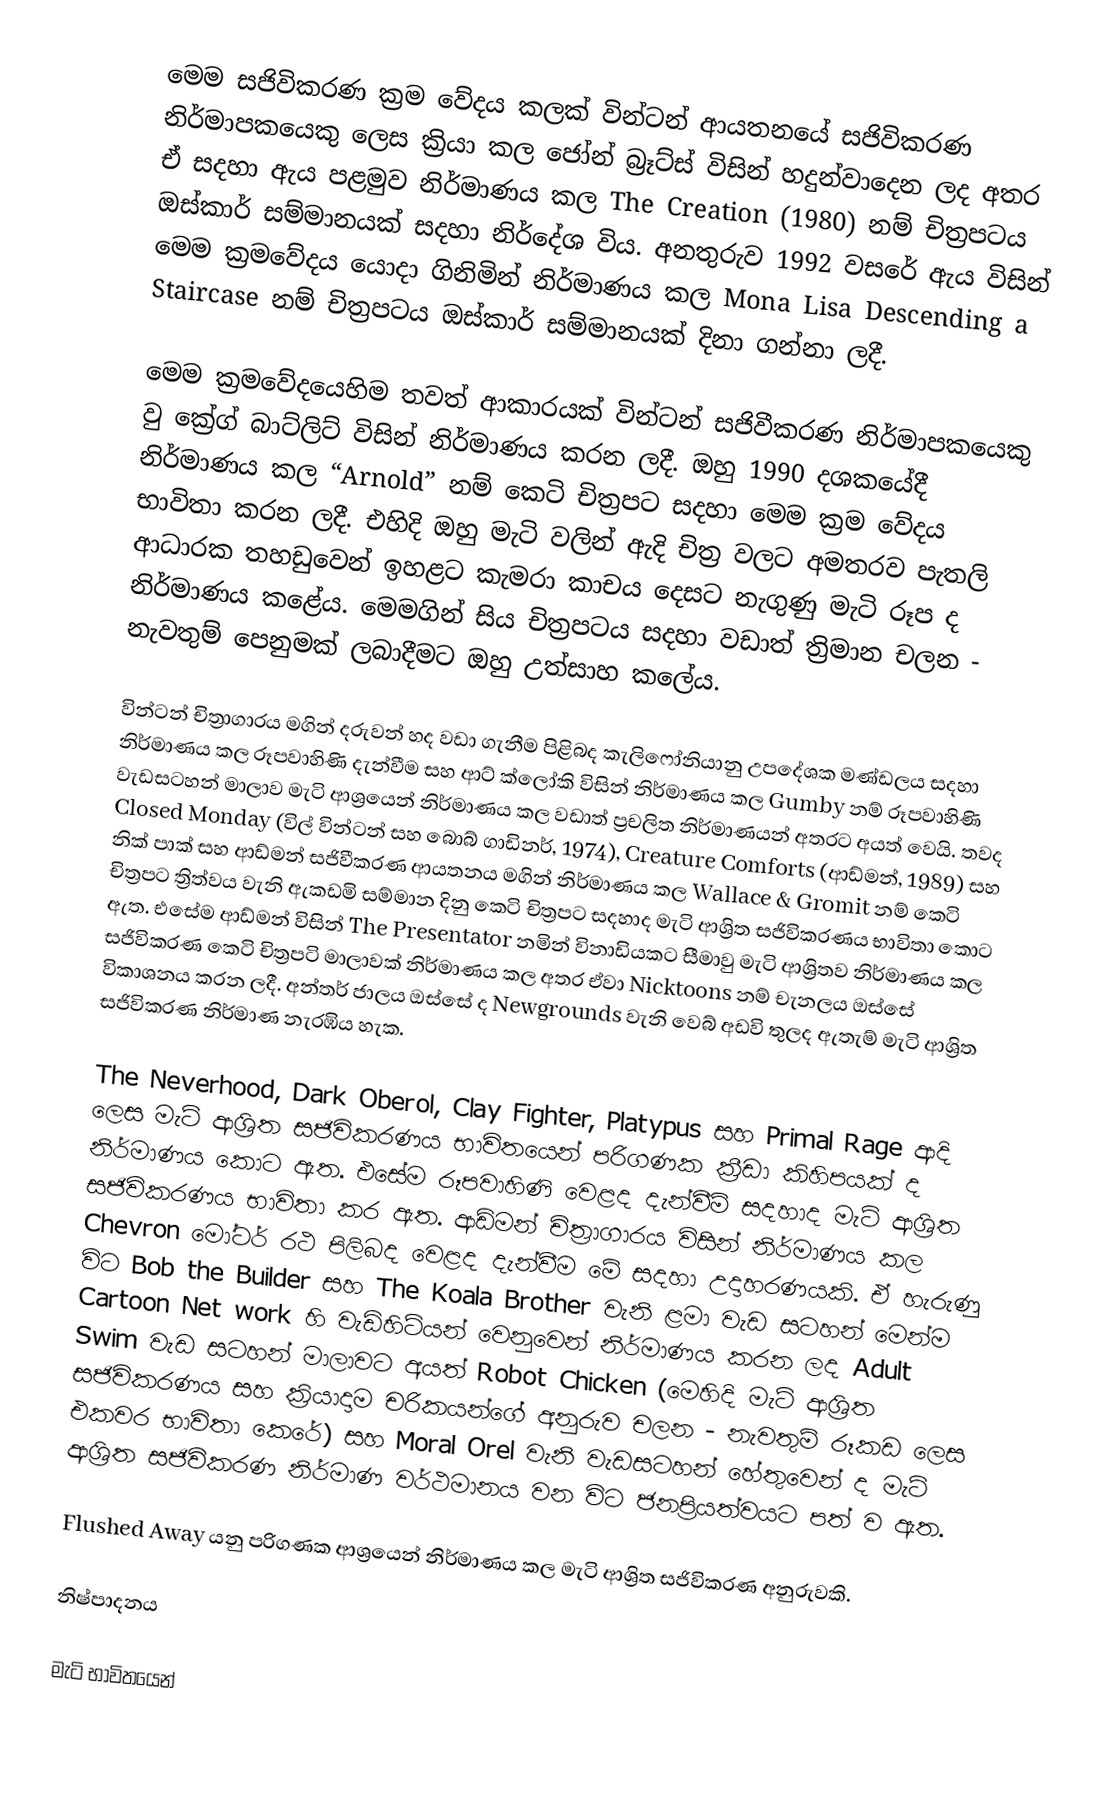
මෙම සජිවිකරණ ක්‍රම වේදය කලක් වින්ටන් ආයතනයේ සජිවිකරණ නිර්මාපකයෙකු ලෙස ක්‍රියා කල ජෝන් බ්‍රෑට්ස් විසින් හදුන්වා‍දෙන ලද අතර ඒ සදහා ඇය පළමුව නිර්මාණය කල The Creation (1980) නම් චිත්‍රපටය ඔස්කාර් සම්මානයක් සදහා නිර්දේශ විය. අනතුරුව 1992 වසරේ ඇය විසින් මෙම ක්‍රමවේදය යොදා ගිනිමින් නිර්මාණය කල Mona Lisa Descending a Staircase නම් චිත්‍රපටය ඔස්කාර් සම්මානයක් දිනා ගන්නා ලදී.

මෙම ක්‍රමවේදයෙහිම තවත් ආකාරයක් වින්ටන් සජිවීකරණ නිර්මාපකයෙකු වු ක්‍රේග් බාට්ලිට් විසින් නිර්මාණය කරන ලදී. ඔහු 1990 දශකයේදී නිර්මාණය කල “Arnold” නම් කෙටි චිත්‍රපට සදහා මෙම ක්‍රම වේදය භාවිතා කරන ලදී. එහිදි ඔහු මැටි වලින් ඇදි චිත්‍ර වලට අමතරව පැතලි ආධාරක තහඩුවෙන් ඉහළට කැමරා කාචය දෙසට නැගුණු මැටි රූප ද නිර්මාණය කළේය. මෙමගින් සිය චිත්‍රපටය සදහා වඩාත් ත්‍රිමාන චලන - නැවතුම් පෙනුමක් ලබාදීමට ඔහු උත්සාහ කලේය.

වින්ටන් චිත්‍රාගාරය මගින් දරුවන් හද‍ වඩා ගැනීම පිළිබද කැලිෆෝනියානු උපදේශක මණ්ඩලය සදහා නිර්මාණය කල රූපවාහිණි දැන්වීම සහ ආට් ක්ලෝකි විසින් නිර්මාණය කල Gumby නම් රූපවාහිණි වැඩසටහන් මාලාව මැටි ආශ්‍රයෙන් නිර්මාණය කල වඩාත් ප්‍රචලිත නිර්මාණයන් අතරට අයත් වෙයි. තවද Closed Monday (විල් වින්ටන් සහ බොබ් ගාඩිනර්, 1974), Creature Comforts (ආඩ්මන්, 1989) සහ නික් පාක් සහ ආඩ්මන් සජිවීකරණ ආයතනය මගින් නිර්මාණය කල Wallace & Gromit නම් කෙටි චිත්‍රපට ත්‍රිත්වය වැනි ඇකඩමි සම්මාන දිනු කෙටි චිත්‍රපට සදහාද මැටි ආශ්‍රිත සජිවිකරණය භාවිතා කොට ඇත. එ‍සේම ආඩ්මන් විසින් The Presentator නමින් විනාඩියකට සීමා‍වු මැටි ආශ්‍රිතව නිර්මාණය කල සජිවිකරණ කෙටි චිත්‍රපටි මාලාවක් නිර්මාණය කල අතර ඒවා Nicktoons නම් චැනලය ඔස්සේ විකාශනය කරන ලදී. අන්තර් ජාලය ඔස්සේ ද Newgrounds වැනි වෙබ් අඩවි තුලද ඇතැම් මැටි ආශ්‍රිත සජිවිකරණ නිර්මාණ නැරඹිය හැක.

The Neverhood, Dark Oberol, Clay Fighter, Platypus සහ Primal Rage ආදි ලෙස මැටි ආශ්‍රිත සජිවිකරණය භාවිතයෙන් පරිගණක ක්‍රීඩා කිහිපයක් ද නිර්මාණය කොට ඇත. එසේම රූපවාහිණි වෙළද දැන්වීම් සදහාද මැටි ආශ්‍රිත සජිවිකරණය භාවිතා කර ඇත. ආඩ්මන් චිත්‍රාගාරය විසින් නිර්මාණය කල Chevron මෝටර් රථ පිලිබද වෙළද දැන්වීම මේ සදහා උදාහරණයකි. ඒ හැරුණු විට Bob the Builder සහ The Koala Brother වැනි ළමා වැඩ සටහන් මෙන්ම Cartoon Net work හි වැඩිහිටියන් වෙනුවෙන් නිර්මාණය කරන ලද Adult Swim වැඩ සටහන් මාලාවට අයත් Robot Chicken (මෙහිදි මැටි ආශ්‍රිත සජිවිකරණය සහ ක්‍රියාදාම චරිකයන්ගේ ‍අනුරුව චලන - නැවතුම් රූකඩ ලෙස එකවර භාවිතා කෙරේ)  සහ Moral Orel වැනි වැඩසටහන් හේතුවෙන් ද මැටි ආශ්‍රිත සජිවිකරණ නිර්මාණ වර්ථමානය වන විට ජනප්‍රියත්වයට පත් ව ඇත.

Flushed Away යනු පරිගණක ආශ්‍රයෙන් නිර්මාණය කල මැටි ආශ්‍රිත සජිවිකරණ අනුරුවකි.

නිෂ්පාදනය

මැටි භාවිතයෙන්